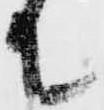
て